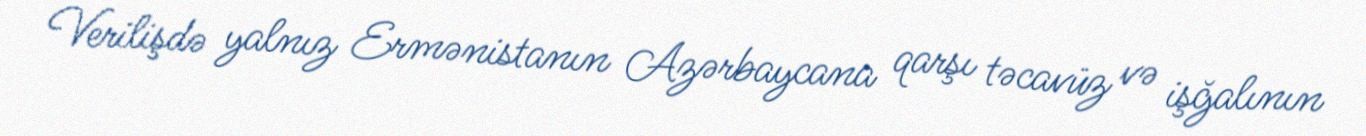
Verilişdə yalnız Ermənistanın Azərbaycana qarşı təcavüz və işğalının